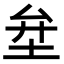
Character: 𡊅